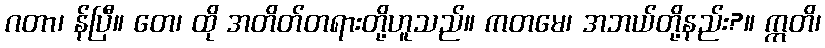
ဂတာ၊ န်ပြီ။ တေ၊ ထို အတိတ်တရားတို့ဟူသည်။ ကတမေ၊ အဘယ်တို့နည်း?။ ဣတိ၊